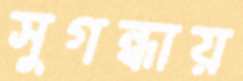
সুগন্ধায়